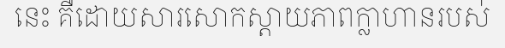
នេះ គឺដោយសារសោកស្តាយភាពក្លាហានរបស់